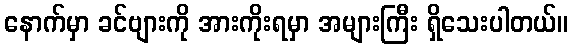
နောက်မှာ ခင်ဗျားကို အားကိုးရမှာ အများကြီး ရှိသေးပါတယ်။